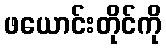
ဖယောင်းတိုင်ကို